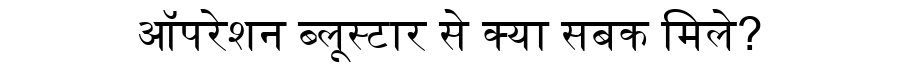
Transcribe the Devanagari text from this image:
ऑपरेशन ब्लूस्टार से क्या सबक मिले?